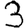
Digit: 3